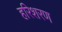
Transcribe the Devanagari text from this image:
हरिशरण